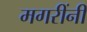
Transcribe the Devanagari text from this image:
मगरींनी